Vital statistics of India. Vol. VI, European troops 1870-79
Year: 1870
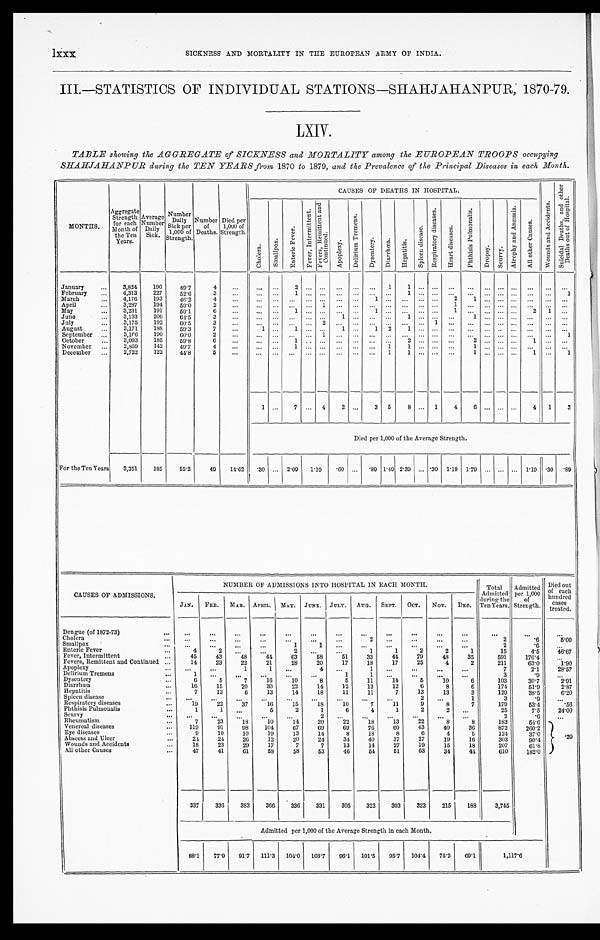
lxxx
SICKNESS AND MORTALITY IN THE EUROPEAN ARMY OF INDIA.
III.—STATISTICS OF INDIVIDUAL STATIONS—SHAHJAHANPUR; 1870-79.
LXIV.
TABLE showing the AGGREGATE of SICKNESS and MORTALITY among the EUROPEAN TROOPS occupying
SHAHJAHANPUR during the TEN YEARS from 1870 to 1879, and the Prevalence of the Principal Diseases in each Month.
MONTHS.
Aggregate Strength for each
Month of
the Ten
Years.
Average Number Daily
Sick.
Number
D a i l y
Sick per
1,000 of
Strength.
Number of
Deaths.
Died per
1,000 of
Strength.
CAUSES OF DEATHS IN HOSPITAL.
W o u n d s a n d A c c i d e n t s .
S u i c i d a l D e a t h s , a n d o t h e r
D e a t h s o u t o f H o s p i t a l .
C h o l e r a . S m a l l p o x .
E n t e r i c F e v e r .
F e v e r , I n t e r m i t t e n t .
F e v e r s , R e m i t t e n t a n dC
o n t i n u e d .
A p o p l e x y .
D e l r i u m T r e m e n s .
D y s e n t e r y . D i a r r h œ a . H e p a t i t i s .
S p l e e n d i s e a s e s . R e s p i r a t o r y d i s e a s e s . H e a r t d i s e a s e s .
P h t h i s i s P u l m o n a l i s .
D r o p s y . Sc u r v y .
A t r o p h y a n d A n æ m i a .
A l l o t h e r C a u s e s .
January
3,824 190 49.7 4
2
1 1
February
4,313 227 52.6 3
1
1
1
March
4,176 193 46.2
4
1
2 1
April
3,287 194
5 9 . 0
2
1
1
May
3,231 191
5 9 . 1 6
1
1
1
2 1
June
3,193 206 64.5 3
1
1
1
July
3,175 192 60.5 3
2
1
August
3,171 188 59.3 7
1
1
1
1 2 1
September
3,166 190 60.0 2
1
1
October
3,093 185
5 9 . 8 6
1
2
2
1
November
2,859 142 49.7
4
1
1 1
1
December
2,722 122 44.8 5
1 1
1
1
1
1
7
4 2
3 5 8
1 4 6
4 1 3
Died per 1,000 of the Average Strength.
For the Ten Years 3,351 185 55.2 49 14.62 . 3 0 2.09 1.19 .60
.89 1.49 2.39 .30 1.19 1.79
1.19 .30 .89
CAUSES OF ADMISSIONS.
NUMBER OF ADMISSIONS INTO HOSPITAL IN EACH MONTH.
Total
Admitted
during the
Ten Years.
Admitted per 1,000
of
Strength.
Died out
of each
hundred
treated.
JAN. FEB. MAR. APRIL. MAY. JUNE. JULY. AUG. SEPT. OCT. NOV. DEC.
Dengue (of 1872-73)
Cholera
2
2
. 6
5 . 0 0
Smallpox
1
1
2
.6
Enteric Fever
4
2
2
1
1
2
2
1
15
4.5 4 6 . 6 7
Fever, Intermittent
45 43 48 44 63
5 8 51 33 44 79 48 35
5 9 1 176.4
Fevers, Remittent and Continued
14 23 22 21 28 20 17 18 17 25
4
2
211
63.0 1 . 9 0
Apoplexy
1
1
4
1
7
2.1 2 8 . 5 7
Delirium Tremens
1
1
1
3
.9
Dysentery
6
5
7 16 10
8
5 11 14
5 10
6
103
30.7 2 . 9 1
Diarrhœa
16 15 20 30 22 14 12 13 12
6
8
6
174
51.9
2 . 8 7
Hepatitis
7 13
6 13 14 18 11 11
7 13 13
3
129
38.5
6 . 2 0
Spleen disease
2
1
3
.9
Respiratory diseases
19 22 37 16 15 18 10
7 11
9
8
7
179
53.4
.56
Phthisis Pulmoualis
1 1
5
2
1
6
4
1
2
2
25
7.5 2 4 . 0 0
Scurvy
2
2
.6
Rheumatism
7 23 18 10 14 20 22 18 13 22
8
8
183
54.6
. 3 9
Venereal diseases
1 1 9 91 98 104 67 69 69 76 60 43 40 36
872 260.2
Eye diseases
9 10 10 19 13 14
8 18
8
6
4
5
124
37.0
Abscess and Ulcer
24 24 26 12 20 24 34 40 37 27 19 16
303
90.4
Wounds and Accidents
18 23 29 17
7
7 13 14 27 19 15 18
207
61.8
All other Causes
47 41 61 58 58 53 46 54 51 63 34 44
610 182.0
337 336 383 366 336 331 305 322 303 323 215 188 3,745
Admitted per 1,000 o f t h e A v e r a g e S t r e n g t h i n e a c h M o n t h .
88.1 77.9 91.7 111.3 104.0 103.7 96.1 101.5 95.7 104.4 75.2 69.1
1 , 1 1 7 . 6